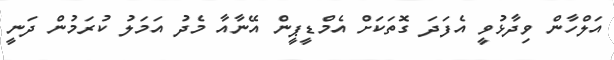
އަލްހާން ވިދާޅުވީ އެފަދަ ގޮތަކަށް އެމްޑީޕީން އޭނާއާ މެދު އަމަލު ކުރަމުން ދަނީ